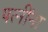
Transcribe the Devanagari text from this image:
पत्‍नींना